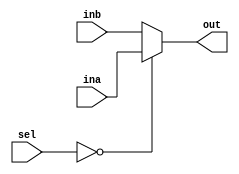
`timescale 1ns / 1ps
//////////////////////////////////////////////////////////////////////////////////
// Company: 
// Engineer: 
// 
// Design Name: 
// Module Name: mux2_1_32
// Project Name: 
// Target Devices: 
// Tool Versions: 
// Description: 
// 
// Dependencies: 
// 
// Revision:
// Revision 0.01 - File Created
// Additional Comments:
// 
//////////////////////////////////////////////////////////////////////////////////


module mux2_1_32(input [31:0] ina, inb,
              input [31:0] sel,
              output [31:0] out);
  
  assign out=(sel==32'b0) ? ina : inb;

endmodule